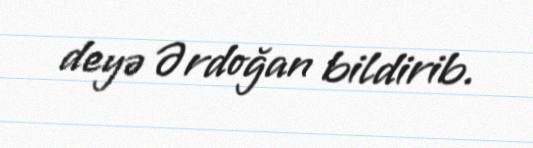
deyə Ərdoğan bildirib.